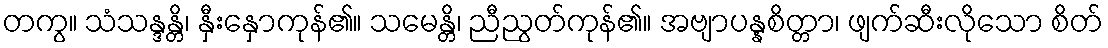
တကွ။ သံသန္ဒန္တိ၊ နှီးနှောကုန်၏။ သမေန္တိ၊ ညီညွတ်ကုန်၏။ အဗျာပန္နစိတ္တာ၊ ဖျက်ဆီးလိုသော စိတ်